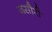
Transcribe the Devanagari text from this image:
जसौरी